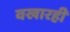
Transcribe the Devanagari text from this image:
वखारही